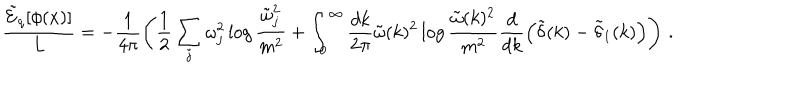
LaTeX: \frac { \tilde { \cal E } _ { q } [ \phi ( x ) ] } { L } = - \frac { 1 } { 4 \pi } \left( \frac { 1 } { 2 } \sum _ { j } \omega _ { j } ^ { 2 } \log \frac { \tilde { \omega } _ { j } ^ { 2 } } { m ^ { 2 } } + \int _ { 0 } ^ { \infty } \frac { d k } { 2 \pi } \tilde { \omega } ( k ) ^ { 2 } \log \frac { \tilde { \omega } ( k ) ^ { 2 } } { m ^ { 2 } } \frac { d } { d k } \left( \tilde { \delta } ( k ) - \tilde { \delta } _ { 1 } ( k ) \right) \right) \, .